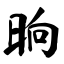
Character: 晌